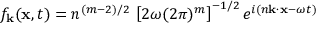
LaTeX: f _ { \bf k } ( { \bf x } , t ) = n ^ { ( m - 2 ) / 2 } \, \left[ 2 \omega ( 2 \pi ) ^ { m } \right] ^ { - 1 / 2 } e ^ { i ( n { \bf k } \cdot { \bf x } - \omega t ) }